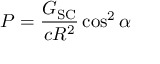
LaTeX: P = { \frac { G _ { \mathrm { S C } } } { c R ^ { 2 } } } \cos ^ { 2 } \alpha